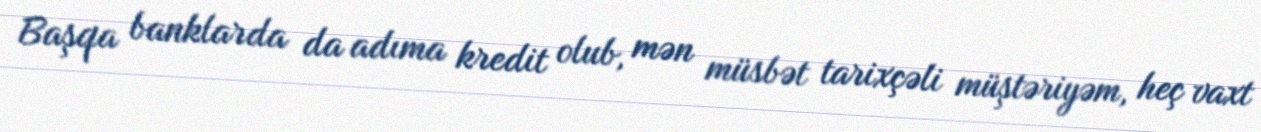
Başqa banklarda da adıma kredit olub, mən müsbət tarixçəli müştəriyəm, heç vaxt